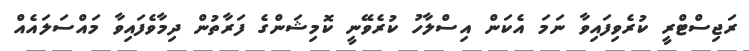
ރަޖިސްޓްރީ ކުރެވިފައިވާ ނަމަ އެކަން އިސްލާހު ކުރެވޭނީ ކޮމިޝަންގެ ފަރާތުން ދިމާވެފައިވާ މައްސަލައެއް